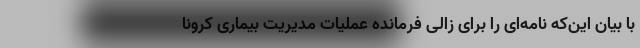
با بیان این‌که نامه‌ای را برای زالی فرمانده عملیات مدیریت بیماری کرونا